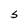
Character: S